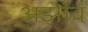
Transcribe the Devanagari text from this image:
अझोव